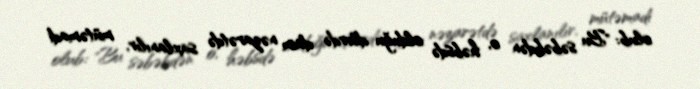
olub: "Bu səbəbdən o, həbsdə olduğu dövrdə daim nəzarətdə saxlanılır, mütəmadi